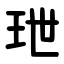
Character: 玴